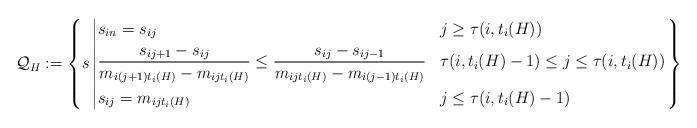
LaTeX: \begin{align*}\mathcal{Q}_H: = \left\{s \left| \begin{aligned}&s_{in} = s_{ij} && j \geq \tau(i,t_i(H)) \\& \frac{s_{ij+1} - s_{ij}}{m_{i(j+1) t_i(H)} - m_{ijt_i(H)}} \leq \frac{s_{ij} - s_{ij-1}}{m_{ij t_i(H)} - m_{i(j-1)t_i(H)}} && \tau(i,t_i(H)-1) \leq j \leq \tau(i,t_i(H)) \\&s_{ij} = m_{ij t_i(H)} && j \leq \tau(i,t_i(H)-1)\end{aligned}\right.\right\}\end{align*}